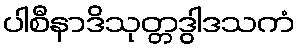
ပါစီနာဒိသုတ္တဒွါဒသကံ